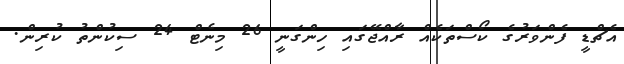
އެޗްޑީ ފެންވަރުގެ ކޯސްތަކެއް ރާއްޖޭގައި ހިންގަނީ 26 މިނެޓް 24 ސިކުންތު ކުރިން.